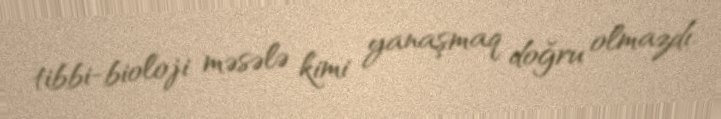
tibbi-bioloji məsələ kimi yanaşmaq doğru olmazdı.